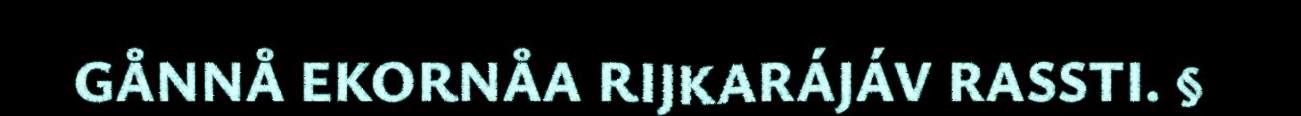
GÅNNÅ EKORNÅA RIJKARÁJÁV RASSTI. §